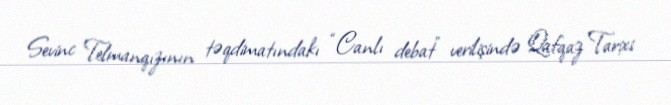
Sevinc Telmanqızının təqdimatındakı “Canlı debat” verilişində Qafqaz Tarixi